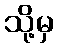
သို့မှ